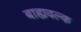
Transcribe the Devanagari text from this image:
बाह्यवल्क